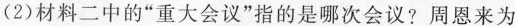
(2)材料二中的”重大会议”指的是哪次会议?周恩来为